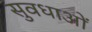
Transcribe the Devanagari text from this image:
सुवधाओं